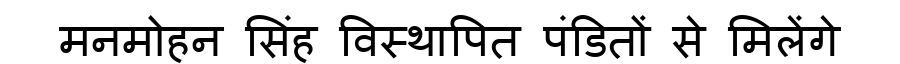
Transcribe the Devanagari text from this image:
मनमोहन सिंह विस्थापित पंडितों से मिलेंगे